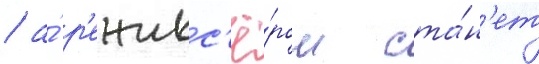
/ а́ р'ежисс'ё́ром ста́н'ет